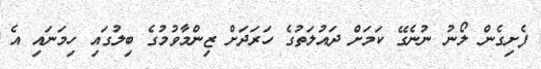
ފެށިގެން ލޯނު ނުނެގޭ ކަމަށް ދައުލަތުގެ ހަރަދަށް ޒިންމާވުމުގެ ބިލުގައި ހިމަނައި އެ